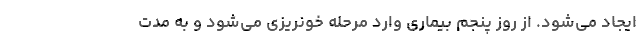
ایجاد می‌شود. از روز پنجم بیماری وارد مرحله خونریزی می‌شود و به مدت